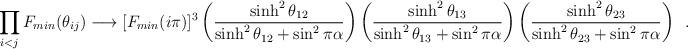
LaTeX: \begin{align*}\prod_{i<j}F_{min}(\theta_{ij}) \longrightarrow [F_{min}(i\pi)]^3\left(\frac{\sinh^2\theta_{12}}{\sinh^2\theta_{12} + \sin^2\pi\alpha}\right)\left(\frac{\sinh^2\theta_{13}}{\sinh^2\theta_{13} + \sin^2\pi\alpha}\right)\left(\frac{\sinh^2\theta_{23}}{\sinh^2\theta_{23} + \sin^2\pi\alpha}\right)\,\,\,.\end{align*}